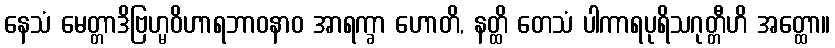
နေသံ မေတ္တာဒိဗြဟ္မဝိဟာရဘာဝနာဝ အာရက္ခာ ဟောတိ, နတ္ထိ တေသံ ပါကာရပုရိသဂုတ္တီဟိ အတ္ထော။